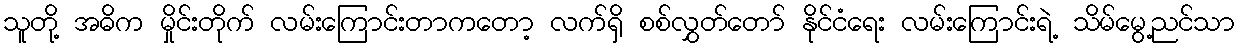
သူတို့ အဓိက မှိုင်းတိုက် လမ်းကြောင်းတာကတော့ လက်ရှိ စစ်လွှတ်တော် နိုင်ငံရေး လမ်းကြောင်းရဲ့ သိမ်မွေ့ညင်သာ